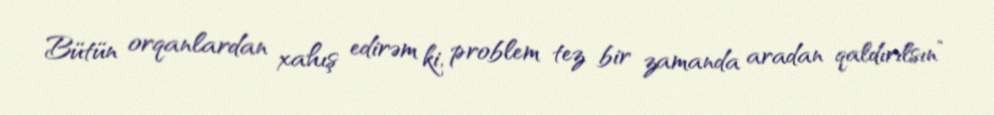
Bütün orqanlardan xahış edirəm ki, problem tez bir zamanda aradan qaldırılsın”